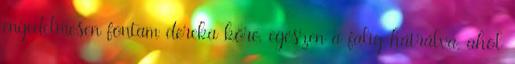
engedelmesen fontam dereka köré, egészen a falig hátrálva, ahol